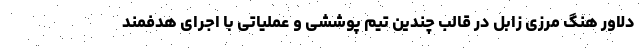
دلاور هنگ مرزی زابل در قالب چندین تیم پوششی و عملیاتی با اجرای هدفمند